Report on vaccination in the Province of Bengal - 1874-1889
Year: 1874
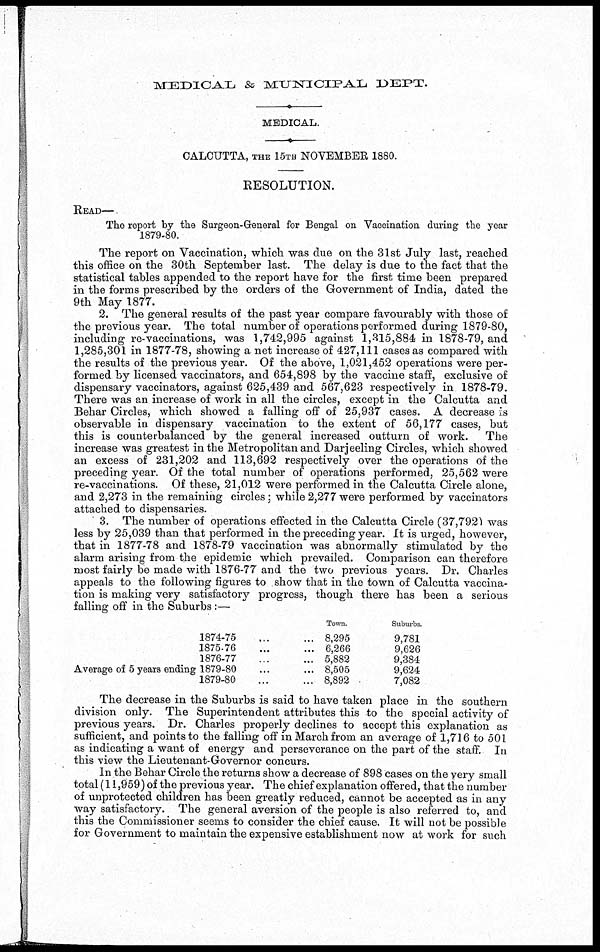
MEDICAL & MUNICIPAL DEPT.
MEDICAL.
CALCUTTA, THE 15TH NOVEMBER 1880.
RESOLUTION.
READ—.
The report by the Surgeon-General for Bengal on Vaccination during the year
1879-80.
The report on Vaccination, which was due on the 31st July last, reached
this office on the 30th September last. The delay is due to the fact that the
statistical tables appended to the report have for the first time been prepared
in the forms prescribed by the orders of the Government of India, dated the
9th May 1877.
2. The general results of the past year compare favourably with those of
the previous year. The total number of operations performed during 1879-80,
including re-vaccinations, was 1,742,995 against 1,315,884 in 1878-79, and
1,285,301 in 1877-78, showing a net increase of 427,111 cases as compared with
the results of the previous year. Of the above, 1,021,452 operations were per-
formed by licensed vaccinators, and 654,898 by the vaccine staff, exclusive of
dispensary vaccinators, against 625,439 and 567,623 respectively in 1878-79.
There was an increase of work in all the circles, except in the Calcutta and
Behar Circles, which showed a falling off of 25,937 cases. A decrease is
observable in dispensary vaccination to the extent of 56,177 cases, but
this is counterbalanced by the general increased outturn of work.
The
increase was greatest in the Metropolitan and Darjeeling Circles, which showed
an excess of 231,202 and 113,692 respectively over the operations of the
preceding year. Of the total number of operations performed, 25,562 were
re-vaccinations. Of these, 21,012 were performed in the Calcutta Circle alone,
and 2,273 in the remaining circles; while 2,277 were performed by vaccinators
attached to dispensaries.
3. The number of operations effected in the Calcutta Circle (37,792) was
less by 25,039 than that performed in the preceding year. It is urged, however,
that in 1877-78 and 1878-79 vaccination was abnormally stimulated by the
alarm arising from the epidemic which prevailed. Comparison can therefore
most fairly be made with 1876-77 and the two previous years. Dr. Charles
appeals to the following figures to show that in the town of Calcutta vaccina-
tion is making very satisfactory progress, though there has been a serious
falling off in the Suburbs:—
Average of 5 years ending
1874-75
...
...
1875-76 ... ...
1876-77 ... ...
1879-80 ... ...
1879-80 ... ...
Town.
8,295
6,266
5,882
8,505
8,892
Suburbs.
9,781
9,626
9,384
9,624
7,082
The decrease in the Suburbs is said to have taken place in the southern
division only. The Superintendent attributes this to the special activity of
previous years. Dr. Charles properly declines to accept this explanation as
sufficient, and points to the falling off in March from an average of 1,716 to 501
as indicating a want of energy and perseverance on the part of the staff. In
this view the Lieutenant-Governor concurs.
In the Behar Circle the returns show a decrease of 898 cases on the very small
total (11,959) of the previous year. The chief explanation offered, that the number
of unprotected children has been greatly reduced, cannot be accepted as in any
way satisfactory. The general aversion of the people is also referred to, and
this the Commissioner seems to consider the chief cause. It will not be possible
for Government to maintain the expensive establishment now at work for such